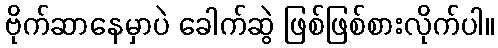
ဗိုက်ဆာနေမှာပဲ ခေါက်ဆွဲ ဖြစ်ဖြစ်စားလိုက်ပါ။